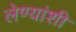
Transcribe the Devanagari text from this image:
लेण्यांशी